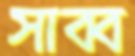
সাব্ব